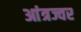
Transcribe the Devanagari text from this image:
आंत्रज्वर